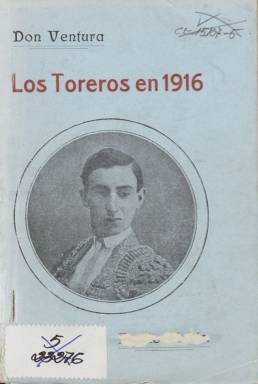
Título: Los Toreros en ...
Colección: Toros
Ámbito geográfico: Vizcaya
Lugar de publicación: Bilbao
Fechas: 01/01/1916-31/12/1917

Publicación que da fe de la enorme popularidad de la que gozaban los toros, la llamada fiesta nacional, en la segunda década del siglo XX. Se trata de la época que algunos tratadistas han calificado como la Edad de Oro del toreo.

  La BNE cuenta con dos números de este anuario estadístico, el primero y el segundo, pero no parece que se editaran mucho más porque fueron realizados mientras su autor, Ventura Bagüés, Don Ventura, trabajaba en Bilbao en el periódico El Nervión y antes de marchar a Barcelona para integrar la plantilla de El Día Gráfico en 1920.

   En cada uno de los números, correspondientes a los años 1916 y 1917, se da cuenta del número de corridas llevadas a cabo en cada plaza española y las que han toreado cada uno de los toreros y novilleros en activo. La publicación no habla propiamente de los animales, dado que el autor publicó otro anuario tratando de las reses, así como de los ganaderos.

  Además de dar cuenta de las corridas realizadas por cada torero, la publicación da una pincelada de las características generales del matador. He aquí por ejemplo la descripción del torero identificado como Tello: ‘Torero torpón, valiente, a veces arrimándose porque a ello lo obliga la torpeza de sus piernas, pone buena voluntad, y este año ha logrado hacer una campaña aceptable en Andalucía, de cuya región solamente salió para torear una tarde en Madrid’. El anuario añade que este matador toreó 16 corridas en 1916, seis más que el año pasado.

   Los matadores o espadas, como los denomina la publicación, van citados por orden de antigüedad. Así, el primero de 1916 es uno llamado Saleri, el diestro más antiguo, a quien se considera ya retirado. Si aparece en la lista es porque actuó ese año una vez en la plaza de Lisboa, aunque sin matar toros como es tradicional en Portugal.

 Es curiosa la apostilla que el autor pone al final de la publicación: ‘He podido equivocarme y seguramente habrá algún error en las precedentes relaciones, pero no olvidéis que, diestros y apoderados, tienen una fantasía meridional para hacer estadísticas, confeccionándolas en forma tan arbitraria que hacen subir las cifras como la espuma’.

 En la cubierta del número correspondiente a 1917 aparecen las fotos de los toreros Joselito y Belmonte, los que más corridas torearon ese año, y también la de Florentino Ballesteros, que murió corneado por un toro en abril en la plaza de Madrid.

  Ventura Bagüés, Don Ventura, después de trabajar en Bilbao y Barcelona se trasladó a Madrid, donde dirigió la revista Sol y Sombra y colaboró en numerosas publicaciones taurinas. Este cronista está considerado un maestro en esta materia. Es autor de varios libros como ‘Efemérides Taurinas’, el primero de ellos, publicado en 1928; ‘Historia de los matadores de toros’ o ‘Domingo Ortega, el torero de la armonía’, dedicado a uno de sus diestros favoritos.

   Sobre Don Ventura puede consultarse en la página web Taurología.com la semblanza que le dedicó Antonio Fernández Casado, presidente de la editorial La cátedra taurina, con el título: ‘Don Ventura, un investigador y escritor de talla’.

[Descripción publicada el 17/08/2022]